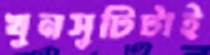
খুনসুটিটাই